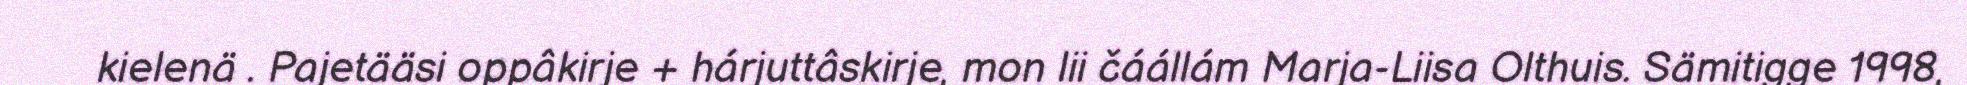
kielenä . Pajetääsi oppâkirje + hárjuttâskirje, mon lii čáállám Marja-Liisa Olthuis. Sämitigge 1998,